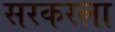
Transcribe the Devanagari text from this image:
सरकरला